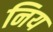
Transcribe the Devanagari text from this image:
निय